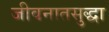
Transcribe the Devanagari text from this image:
जीवनातसुद्धा